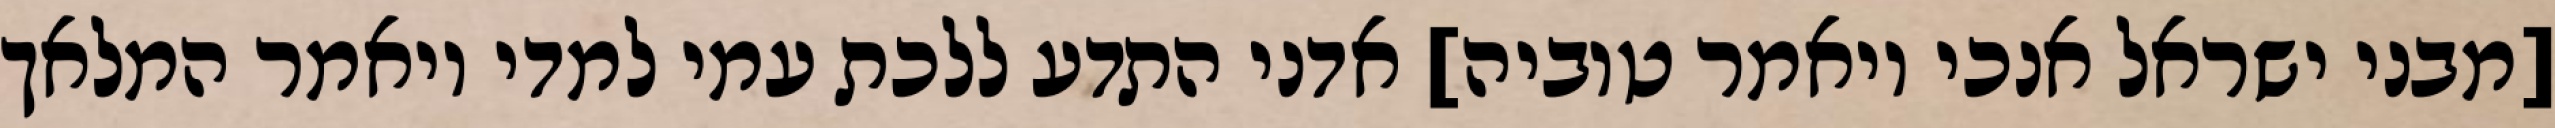
[מבני ישראל אנכי ויאמר טוביה] אדני התדע ללכת עמי למדי ויאמר המלאך